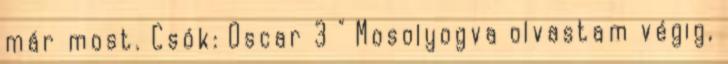
már most. Csók: Oscar 3 " Mosolyogva olvastam végig,